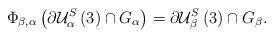
LaTeX: \begin{align*}\Phi _{\beta ,\alpha }\left( \partial \mathcal{U}_{\alpha }^{S}\left(3\right) \cap G_{\alpha }\right) =\partial \mathcal{U}_{\beta }^{S}\left(3\right) \cap G_{\beta }. \end{align*}